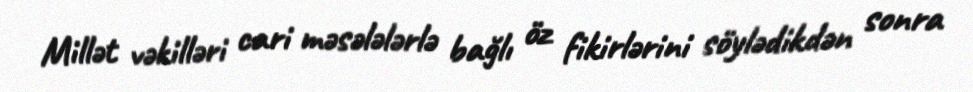
Millət vəkilləri cari məsələlərlə bağlı öz fikirlərini söylədikdən sonra